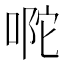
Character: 𭈪